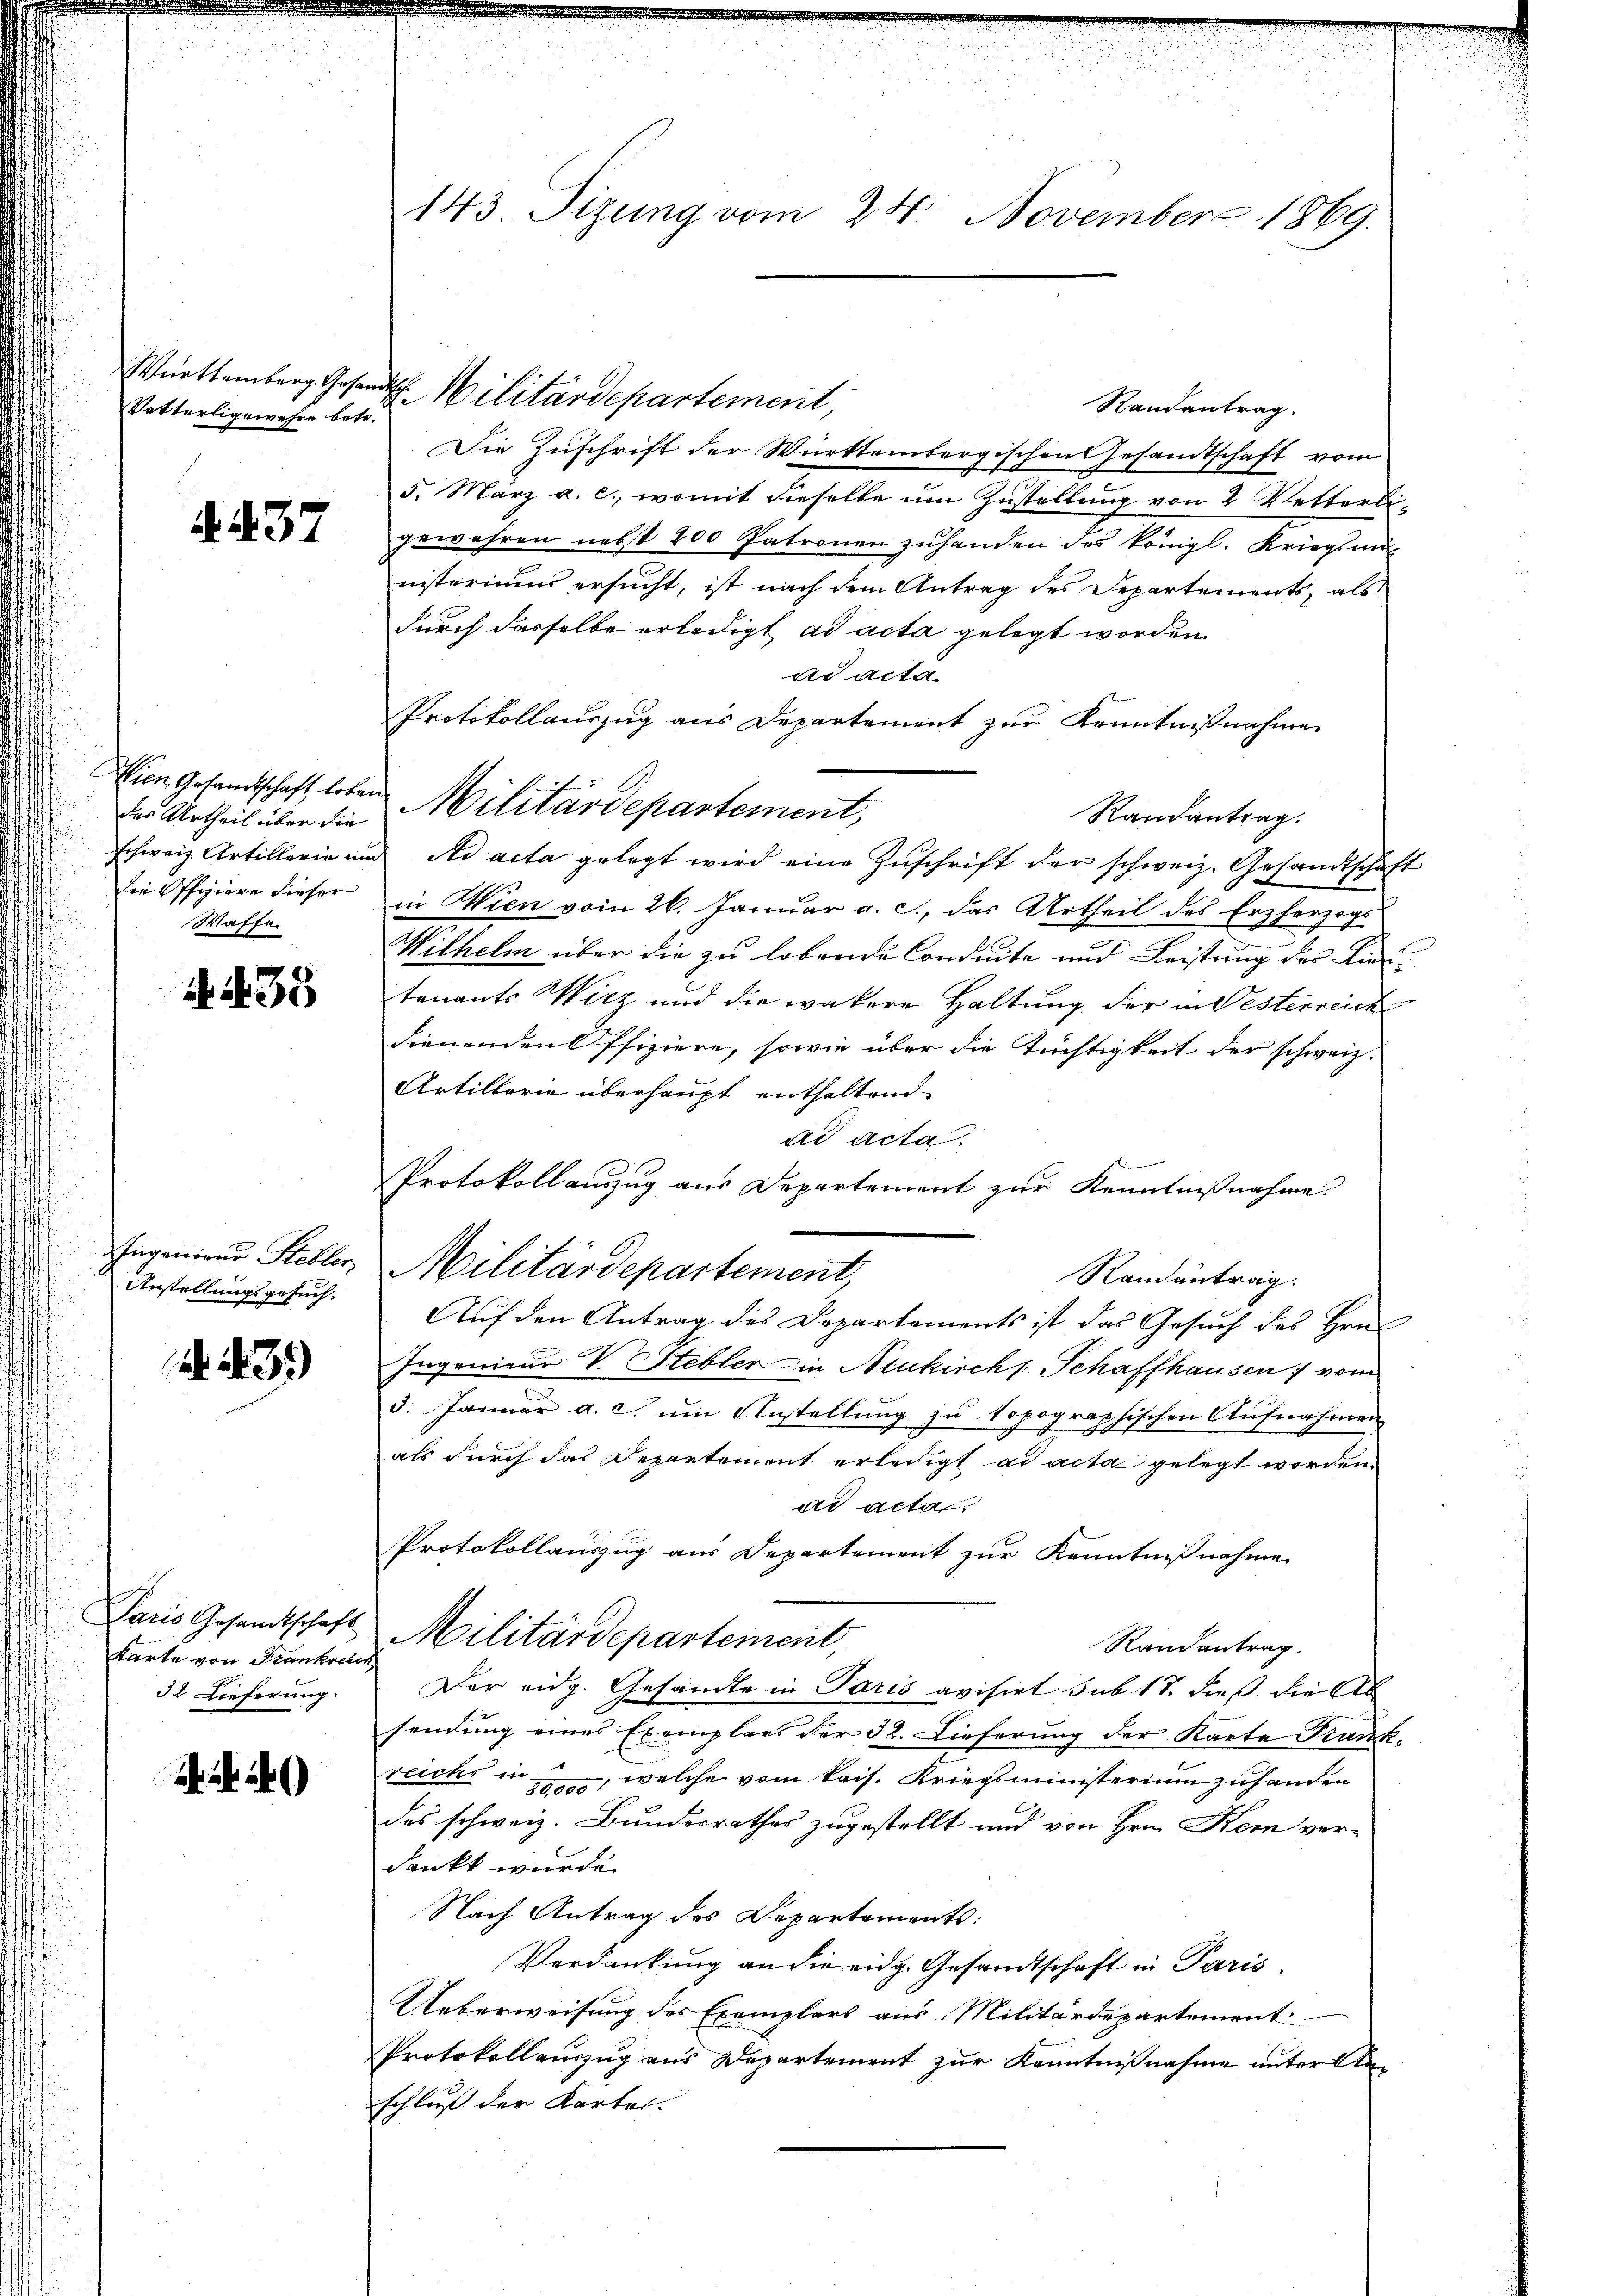
Vetterligewehre betr.

437

des Urtheil über die
Schweiz. Artillerie und
Waffe

435

Ingenieur Rebler,
Anstellungsgesuch.

b. d. 3.)

Paris Gesandtschaft
Karte von Frankreich
32 Lieferung

)

143. Sizung vom 24. November 1869.

Württemberg Gesandtsch. Militärdepartement,

Randantrag.
Die Zuschrift der Württembergischen Gesandtschaft vom
5. März a. c., womit dieselbe um Zustellung von 2 Vetterligewehren nebst 200 Patronen zuhanden des königl. Kriegsmit
nisteriums ersucht, ist nach dem Antrag des Departements, als
durch dasselbe erledigt ad acta gelegt worden.
ad acta
Protokollauszug aus Departement zur Kenntnißnahme
Wien Gesandtschaft, loben Militärdepartement,
Randantrag.
Ad acta gelegt wird eine Zuschrift der schweiz. Gesandtschaft
die Offiziere dieser in Wien vom 26. Januar a. c., das Urtheil des Erzherzogs
Wilhelm über die zu lebende Conseite und Leistung der Lin
tenants Wirz und die vätere Haltung der in Besterreich
dienenden Offiziere, sowie über die Tüchtigkeit der schweiz.
Artillerie überhaupt enthaltend
ad acta.
Protokollauszug aus Departement zur Kenntnißnahme.
Militärdepartement,
Ramantrag.
Auf den Antrag des Departements ist das Gesuch des Hrn.
Ingenieur V. Stebler in Neukirchs Schaffhausen, vom
5. Januar a. c. um Anstellung zu topographischen Aufnahmen
als durch das Departement erledigt ad acta gelegt worden.
ad acta
Protokollauszug aus Departement zur Kenntnißnahme
Militärdepartement,
Randantrag.
Der eidg. Gesandte in Paris avisirt sub 17 dieß die Ab
sendung eines Exemplars der 32. Lieferung der Karte Frank¬
.
reichen zu, welche vom kais. Kriegsministerium zuhanden
des schweiz. Bundesrathes zugestellt und von Hrn. Kern verdankt wurde.
Nach Antrag des Departements:
Verdankung an die eidg. Gesandtschaft in Paris.
Ueberweisung des Exemplars aus Militärdepartement
Protokollauszug aus Departement zur Kenntnißnahme unter Anschluß der Kartel-